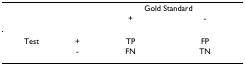
|  |  | <COLSPAN=2> Gold Standard |
 |  |  | + | - |
 | --- | --- | --- | --- |
 | Test | + | TP | FP |
 |  | - | FN | TN |